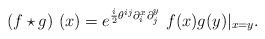
LaTeX: \begin{align*}\left( f\star g\right) \,\left( x\right) =e^{{\frac{i}{2}}\theta^{ij}\partial _{i}^{x}\partial _{j}^{y}}\ f(x)g(y)|_{x=y}.\end{align*}